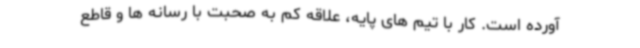
آورده است. کار با تیم های پایه، علاقه کم به صحبت با رسانه ها و قاطع